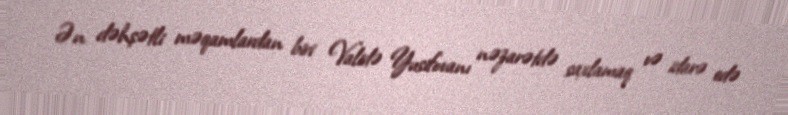
Ən dəhşətli məqamlardan biri Validə Yusifovanı nəzarətdə saxlamaq və idarə edə